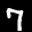
Label: 7